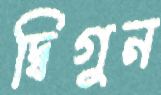
দ্বিগুন